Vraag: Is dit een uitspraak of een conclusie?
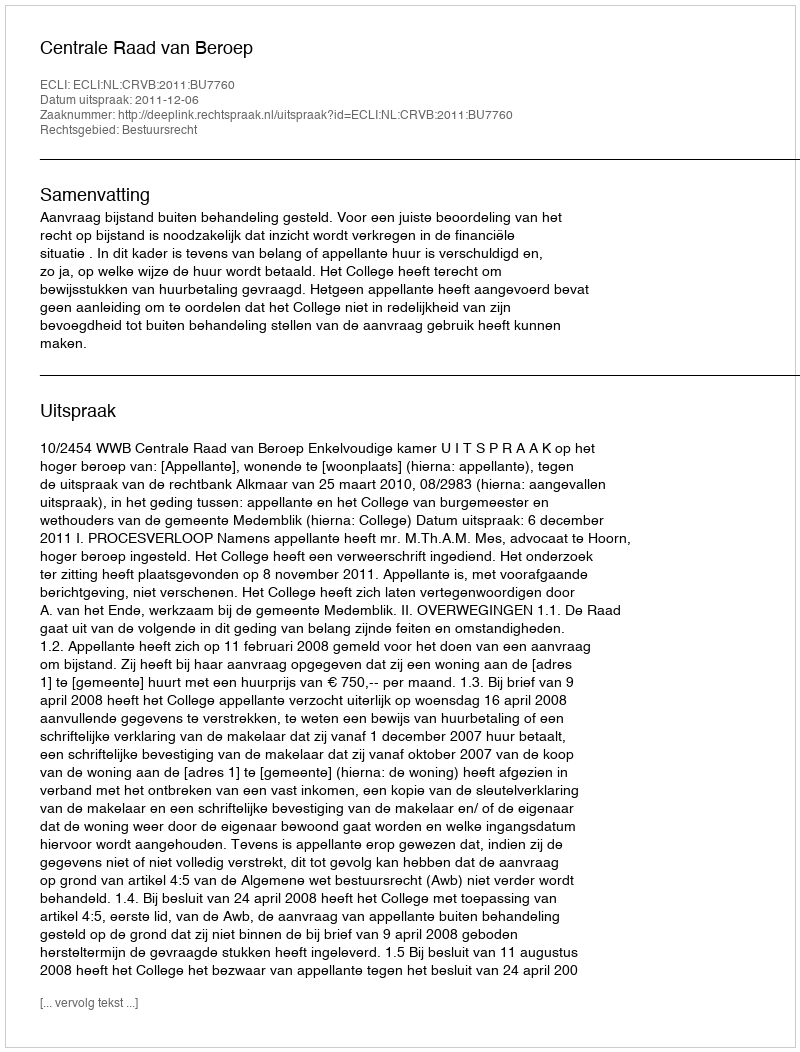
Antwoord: Uitspraak